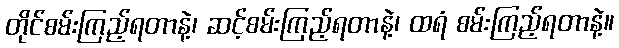
တိုင်စမ်းကြည့်ရတာနဲ့၊ ဆင့်စမ်းကြည့်ရတာနဲ့၊ ထရံ စမ်းကြည့်ရတာနဲ့။